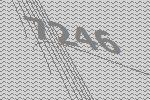
7246